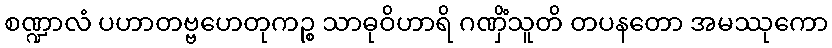
စဏ္ဍာလံ ပဟာတဗ္ဗဟေတုကဉ္စ သာဓုဝိဟာရိ ဂဏှိံသူတိ တပနတော အမဿုကော